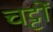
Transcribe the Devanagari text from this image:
चट्टों